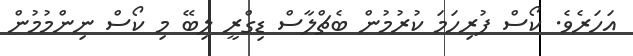
އަހަރެވެ. ކޯސް ފުރިހަމަ ކުރުމުން ބެޗްލާސް ޑިގްރީ ލިބޭ މި ކޯސް ނިންމުމުން